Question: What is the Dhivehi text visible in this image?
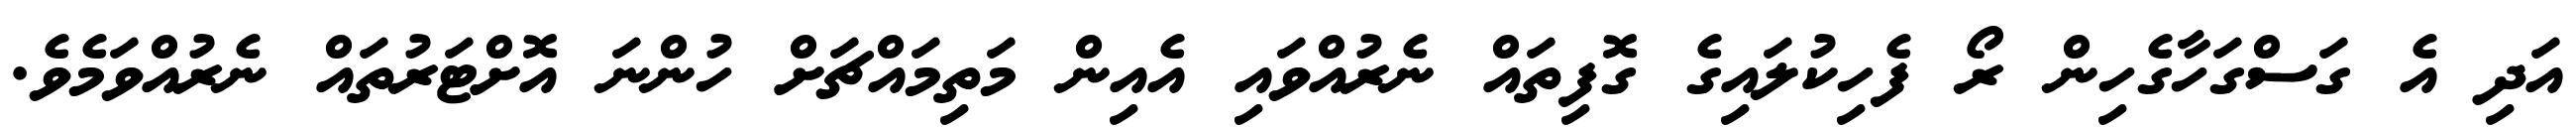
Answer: އަދި އެ ގަސްގަހާގެހިން ރޯ ފެހިކުލައިގެ ގޮފިތައް ނެރުއްވައި އެއިން މަތިމައްޗަށް ހުންނަ އޮށްޓަރުތައް ނެރުއްވަމެވެ.